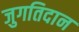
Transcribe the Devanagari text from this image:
जुगतिदान